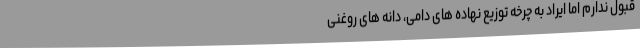
قبول ندارم اما ایراد به چرخه توزیع نهاده های دامی، دانه های روغنی